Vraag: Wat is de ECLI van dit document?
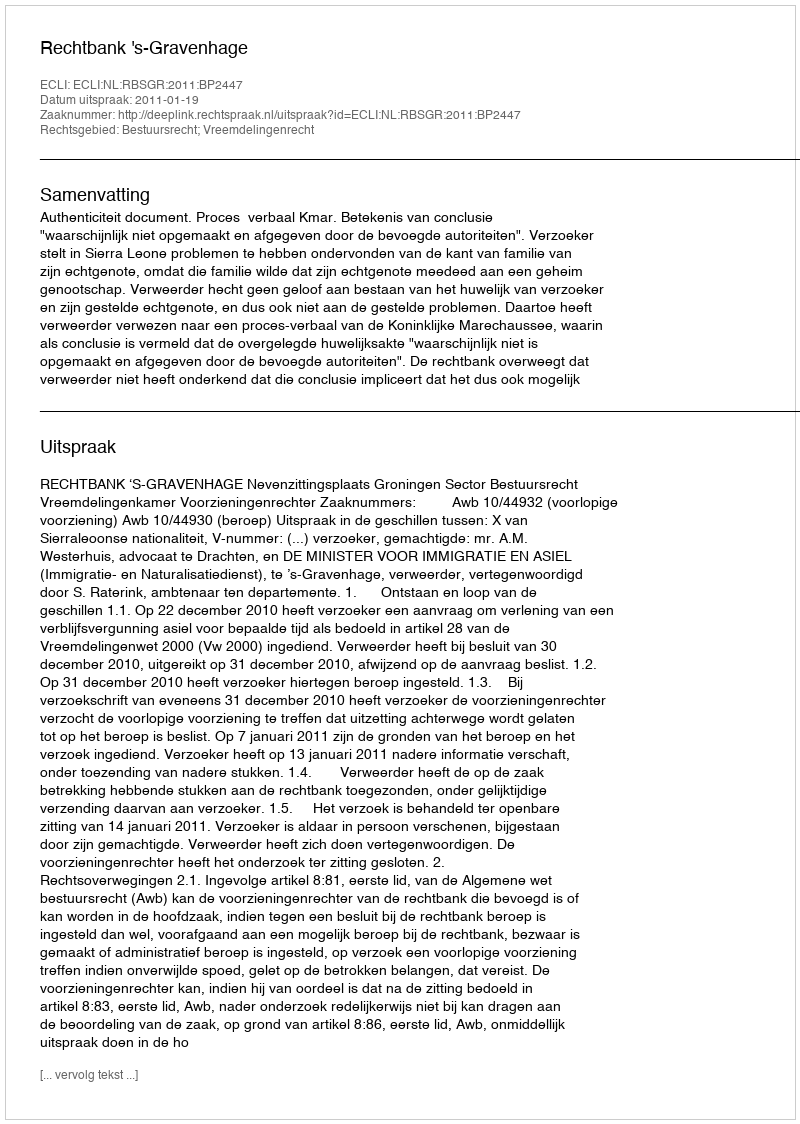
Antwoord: ECLI:NL:RBSGR:2011:BP2447